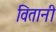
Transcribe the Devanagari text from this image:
वितानी